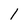
Character: 1